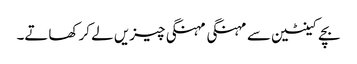
بچے کینٹین سے مہنگی مہنگی چیزیں لے کر کھاتے۔